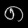
Digit: ၈